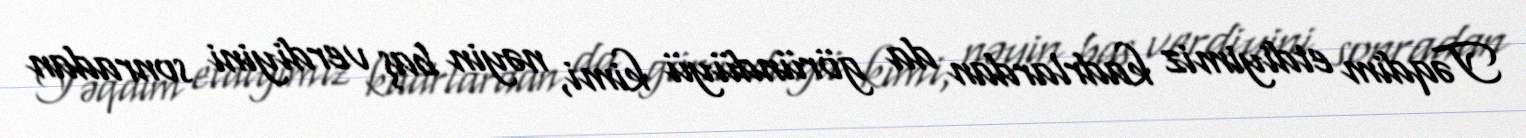
Təqdim etdiyimiz kadrlardan da göründüyü kimi, nəyin baş verdiyini sonradan